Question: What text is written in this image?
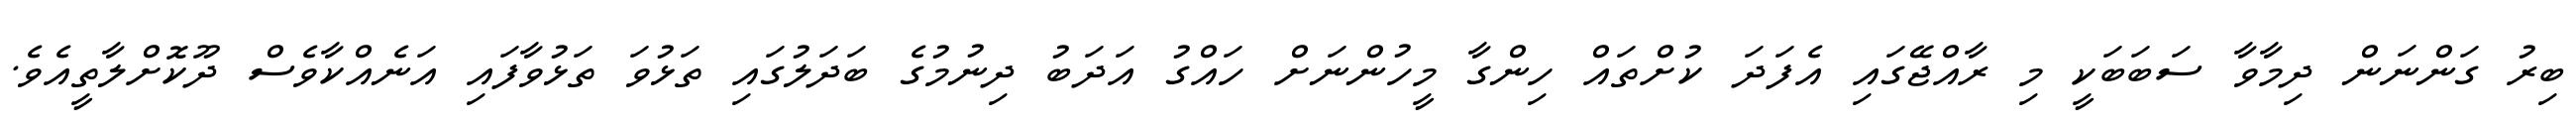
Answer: ބިރު ގަންނަން ދިމާވާ ސަބަބަކީ މި ރާއްޖޭގައި އެފަދަ ކުށްތައް ހިންގާ މީހުންނަށް ހައްގު އަދަބު ދިނުމުގެ ބަދަލުގައި ތަޅުވަ ތަޅުވާފައި އަނެއްކާވެސް ދޫކޮށްލާތީއެވެ.